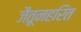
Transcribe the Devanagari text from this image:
जैतूनहरित